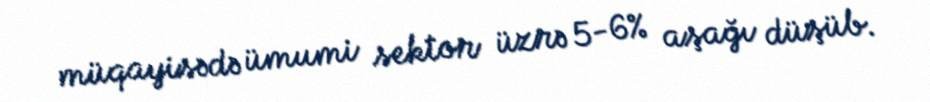
müqayisədə ümumi sektor üzrə 5-6% aşağı düşüb.